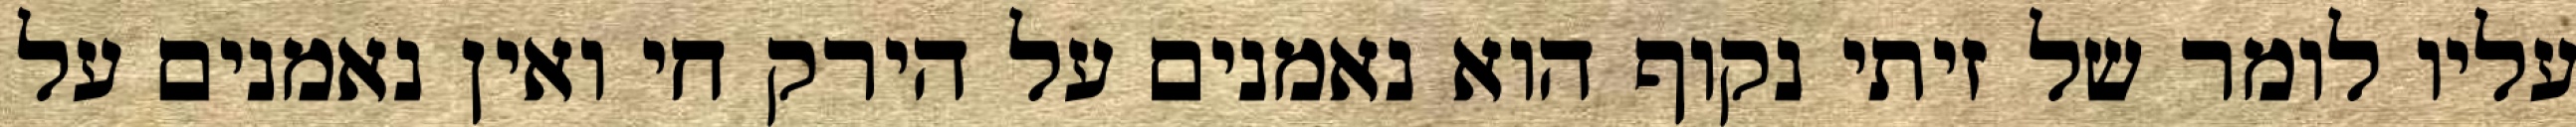
עליו לומר של זיתי נקוף הוא נאמנים על הירק חי ואין נאמנים על